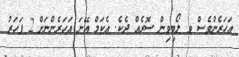
އަހަރެންވެސް ވ ލޯބިވިން ސޮރެއް ދެކެ. އެކަމް އޭނަ އަހަރެންނަށް 2 ފަހަރު